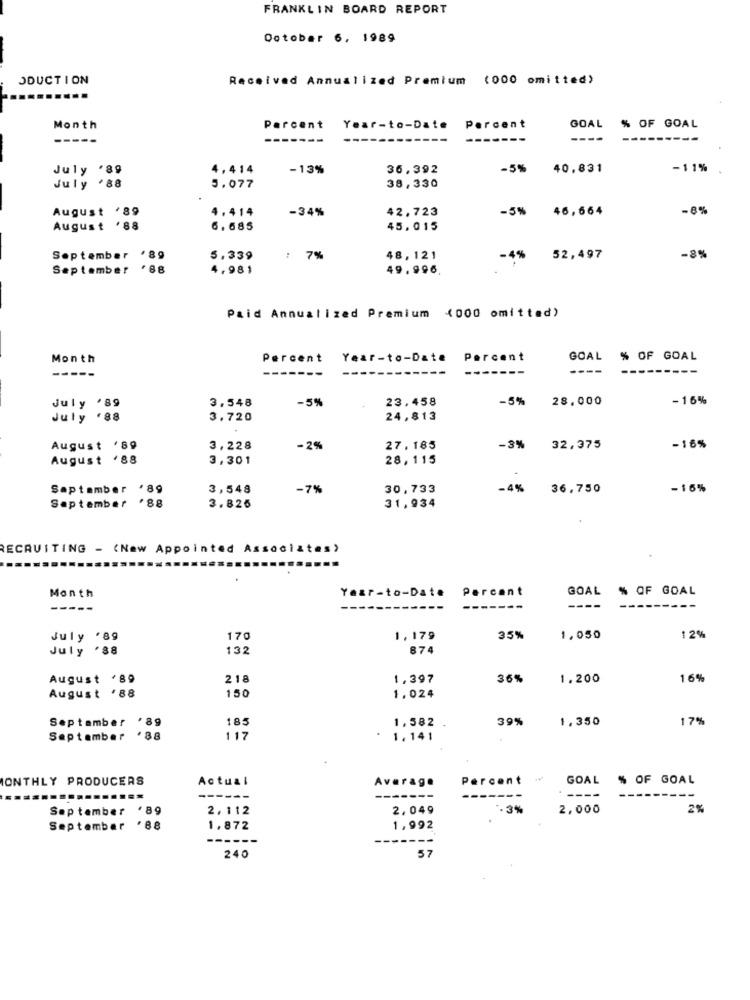
FRANKLIN BOARD REPORT
October 6, 1989
ODUCTION
Received Annualized Premium (000 omitted)
Month
Parcent
Year-to-Date
Percent
GOAL
% OF GOAL
-----
-----
---
July '89
4, 414
-13%
36,392
-5%
40.831
-11%
July '88
5.077
38,330
August '89
4.414
-34%
42,723
-5%
46,664
-8%
August '88
6.685
45,015
September '89
5.339
: 7%
48,121
-4%
52,497
-89
September
*88
4.981
49.996.
Paid Annualized Premium (000 omitted)
Month
Percent
Year-to-Date
Percent
GOAL % OF GOAL
-------
----
-----
3.548
-5%
23,458
-5%
28.000
- 16%
July '89
July '88
3.720
24,813
August '89
3,228
-2%
27.185
-3%
32,375
-16%
August '88
3,301
28,115
September '89
3,548
-7%
30,733
-4%
36.750
-16%
September '88
3. 825
31,934
RECRUITING - (Naw Appointed Associates)
Month
Percant
GOAL
% OF GOAL
Year-to-Date
-----
-------
----
July '89
170
1,179
35%
1,050
12%
July '88
132
874
August '89
218
1.397
36%
1.200
16%
150
August '88
1.024
September
'89
185
39%
1.350
17%
1.582 .
September '88
117
.
1.141
MONTHLY PRODUCERS
Actual
Average
Percent
GOAL
% OF GOAL
------
-------
----
September '89
2.112
2,049
. 3%
2,000
2%
September
.88
1.872
1,992
------
240
57